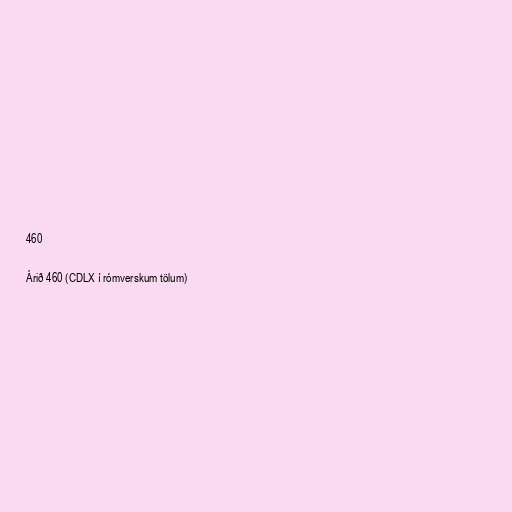
460

Árið 460 (CDLX í rómverskum tölum)